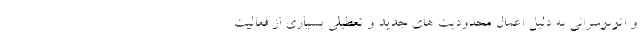
و اتوبوسرانی به دلیل اعمال محدودیت های جدید و تعطیلی بسیاری از فعالیت